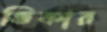
ভিকার